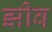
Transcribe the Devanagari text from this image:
झीव